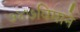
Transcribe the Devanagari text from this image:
७४७विमाने